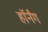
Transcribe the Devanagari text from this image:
हॉर्नंग